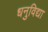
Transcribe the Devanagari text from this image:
धनुविद्या